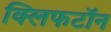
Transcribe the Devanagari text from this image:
क्लिफटॉन